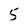
Character: 5